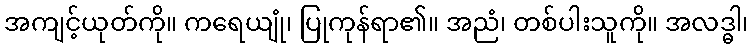
အကျင့်ယုတ်ကို။ ကရေယျုံ၊ ပြုကုန်ရာ၏။ အညံ၊ တစ်ပါးသူကို။ အလဒ္ဓါ၊